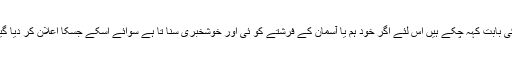
ہم تمہیں سچی انجیل کی بابت کہہ چکے ہیں اس لئے اگر خود ہم یا آسمان کے فرشتے کو ئی اور خوشخبری سنا تا ہے سوائے اسکے جسکا اعلان کر دیا گیا ہو ،تو وہ ملعون ہو ۔